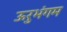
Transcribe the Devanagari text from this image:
ऊरुभंगम